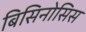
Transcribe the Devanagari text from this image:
बिसिनोसिस